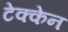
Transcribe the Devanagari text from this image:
टेक्केन